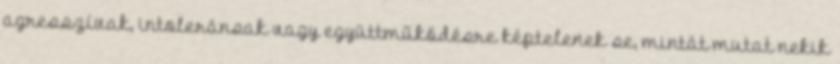
agresszívak, intoleránsak vagy együttműködésre képtelenek se, mintát mutat nekik